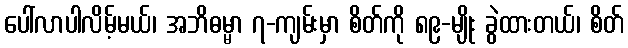
ပေါ်လာပါလိမ့်မယ်၊ အဘိဓမ္မာ ၇-ကျမ်းမှာ စိတ်ကို ၈၉-မျိုး ခွဲထားတယ်၊ စိတ်